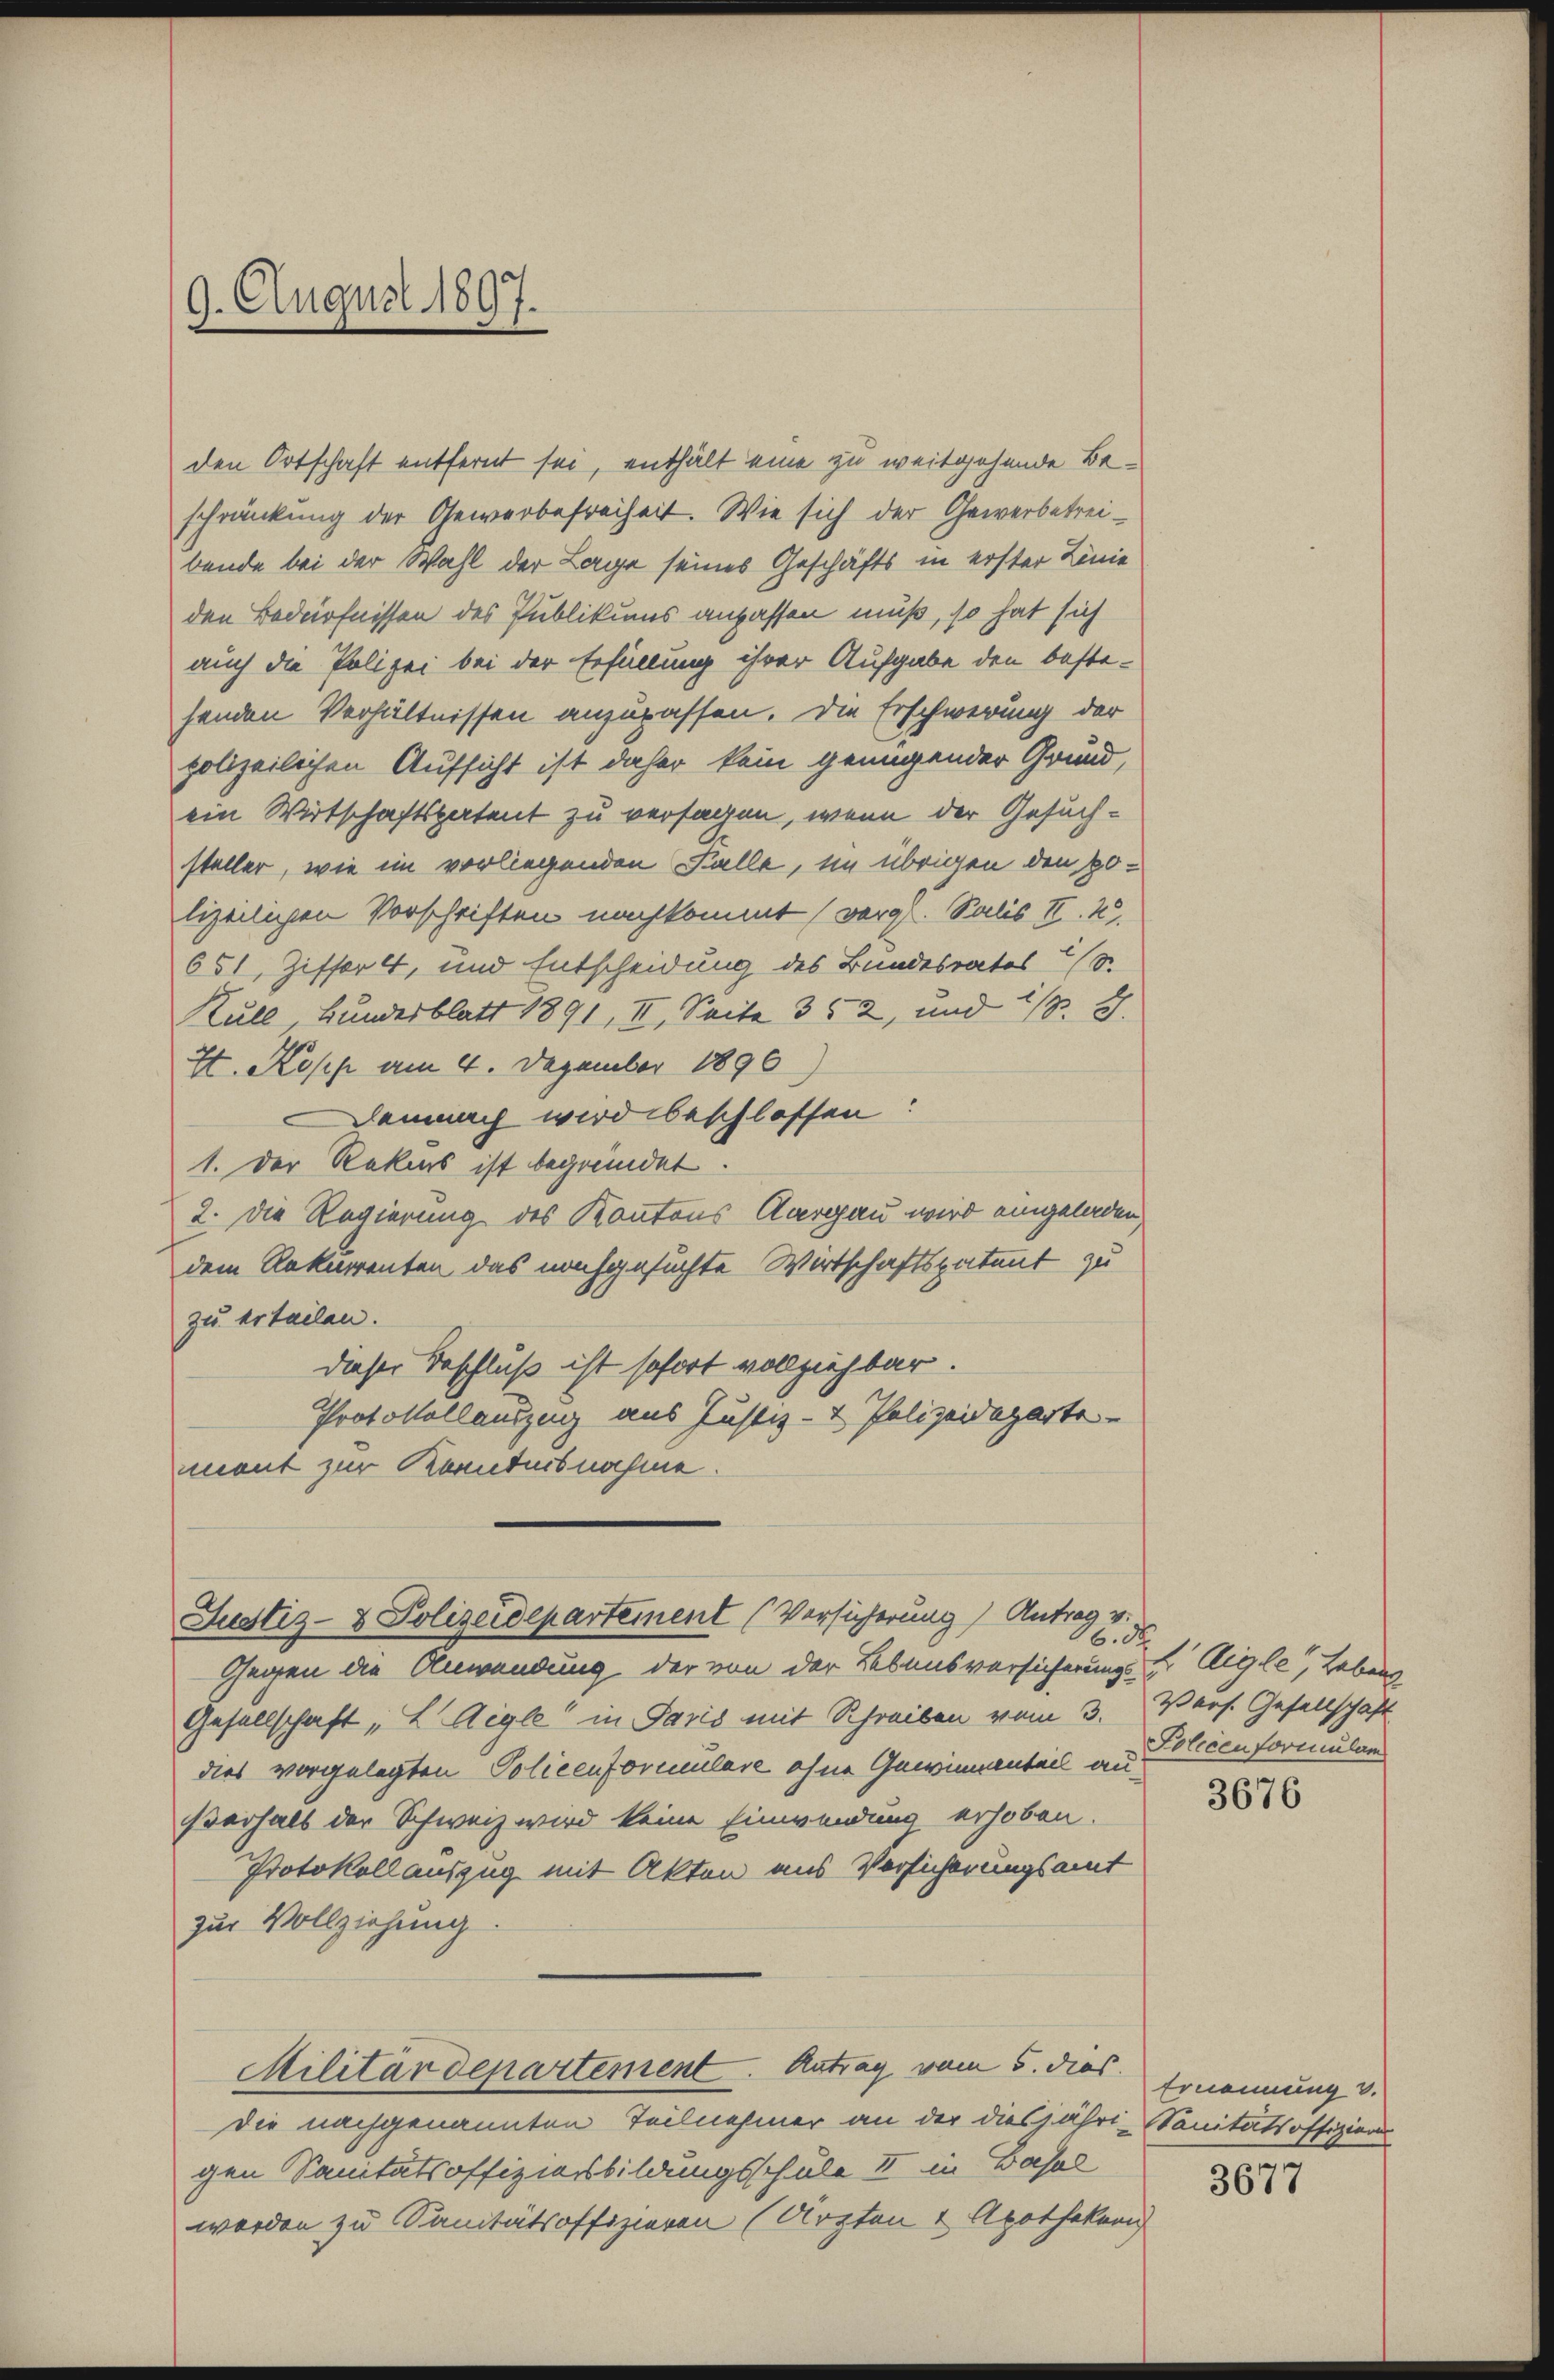
den Ortschaft entfernt sei, enthält eine zu weitgehende Beschränkung der Gewerbefreiheit. Wie sich der Gewerbetreibende bei der Wahl der Lage seines Geschäfts in erster Linie
den Bedürfnissen des Publikums anpassen muß, so hat sich
auch die Polizei bei der Erfüllung ihrer Aufgabe den bestesenden Verhältnissen anzupassen. Die Erschwerung der
polizeilichen Aufsicht ist daher kein genügender Grund,
ein Wirtschaftspatent zu versagen, wenn der Gesuchsteller, wie im vorliegenden Falle, im übrigen den polizeilichen Vorschriften nachkommt (vergl. Salis II. 2.
651, Ziffer 4, und Entscheidung des Bundesrates (S.
Kull, Bundesblatt 1891, II, Seite 352, und 1/3. 8.
H. Kopp am 4. Dezember 1890
Demnach wird beschlossen:
1. Der Rekurs ist begründet.
2. Die Regierung des Kantons Aargau wird eingeladen,
dem Rekurrenten das nachgesuchte Wirtschaftspatent zu
zu erteilen.
dieser Beschluß ist sofort vollziehbar.
Protokollauszug aus Justiz- & Polizeideparte
ment zur Kenntnisnahme.

9. August 1897.

Justiz- & Polizeidepartement (Vorsicherung) Antrag v.

Gegen die Anwendung der von der Lebensversicherungs F. Aigle, Lebens
Gesellschaft, L Aigle“ in Paris mit Schreiben vom 3. Vers. Gesellschaft
dies vorgelegten Policenformulare ohne Gewinnenteil au
ßverhalb der Schweiz wird keine Einwendung erhoben.
Protokoll auszug mit Akten aus Versicherungsamt
zur Vollziehung
Militärdepartement. Antrag vom 5. dies. Ernennung d
Die nachgenannten Teilnehmer an der diesjähri-Sanitätsoffizion
gen Sanitätsoffizionsbildungsschule II in Basal
werden zu Sanitätsoffizieren (Arzten & Apothekern

6. d.
Policenformulam

3676

3677